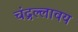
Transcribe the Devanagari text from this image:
चंद्रल्लावय